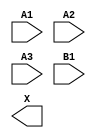
module sky130_fd_sc_lp__o31a (
    //# {{data|Data Signals}}
    input  A1,
    input  A2,
    input  A3,
    input  B1,
    output X
);

    // Voltage supply signals
    supply1 VPWR;
    supply0 VGND;
    supply1 VPB ;
    supply0 VNB ;

endmodule